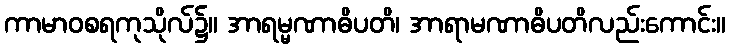
ကာမာဝစရကုသိုလ်၌။ အာရမ္မဏာဓိပတိ၊ အာရာမဏာဓိပတိလည်းကောင်း။